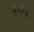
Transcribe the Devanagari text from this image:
वेंगरेई